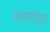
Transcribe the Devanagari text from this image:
भवानीपपुर